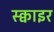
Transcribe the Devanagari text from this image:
स्क्वाइर